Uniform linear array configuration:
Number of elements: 64
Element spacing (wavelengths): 0.25
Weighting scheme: uniform
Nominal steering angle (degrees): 15
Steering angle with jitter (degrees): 14.096
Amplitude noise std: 0.05
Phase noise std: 0.05

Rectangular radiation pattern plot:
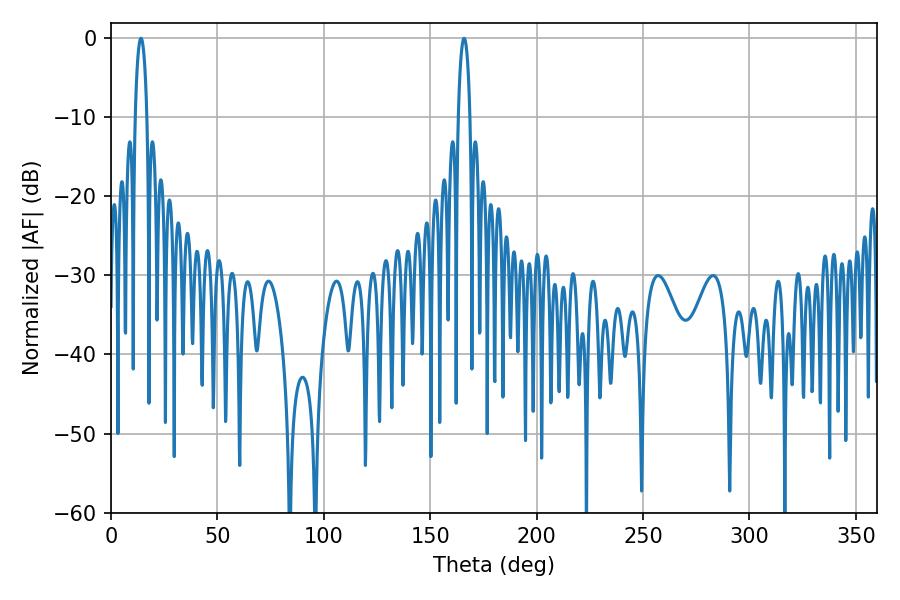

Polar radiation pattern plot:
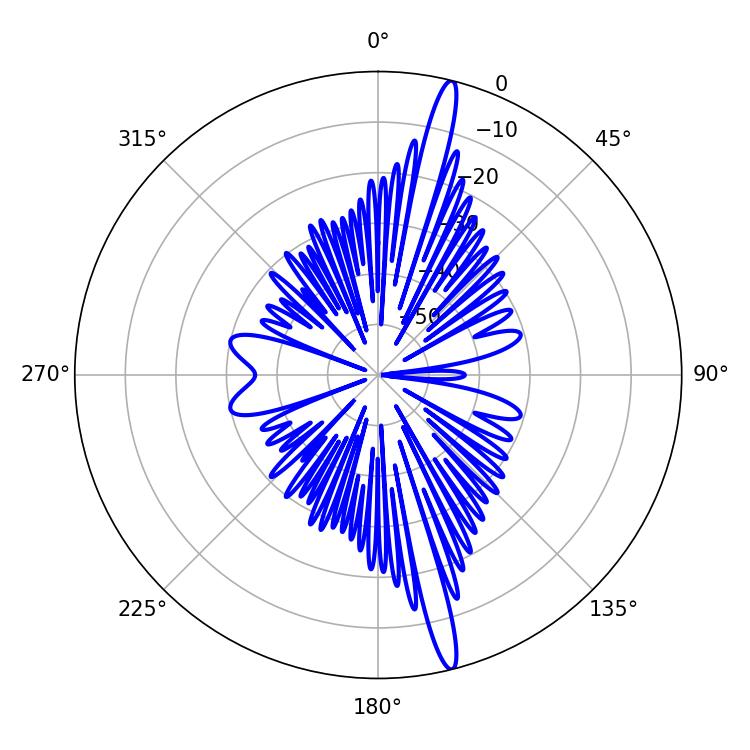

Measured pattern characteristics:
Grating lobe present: FALSE
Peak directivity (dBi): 18.099
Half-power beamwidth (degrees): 3.06
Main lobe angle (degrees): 14.04